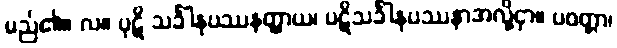
မည်၏။ လ။ ပုဋိ သင်္ခါနုပဿနတ္ထာယ၊ ပဋိသင်္ခါနုပဿနာအလို့ငှာ။ ပဝတ္တာ၊